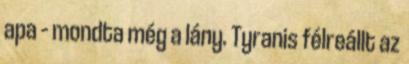
apa – mondta még a lány. Tyranis félreállt az